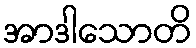
အာဒါသောတိ